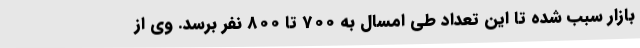
بازار سبب شده تا این تعداد طی امسال به 700 تا 800 نفر برسد. وی از